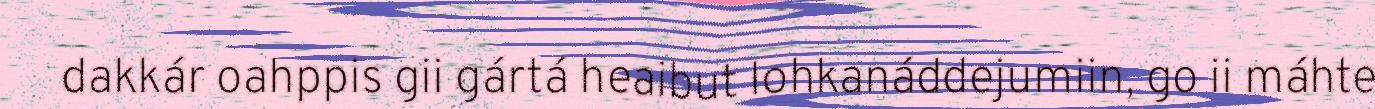
dakkár oahppis gii gártá heaibut lohkanáddejumiin, go ii máhte